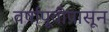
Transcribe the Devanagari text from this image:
वर्षांपूवीपासून